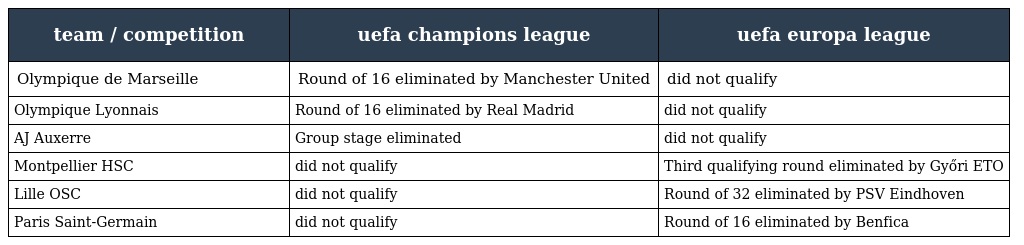
| team / competition | uefa champions league | uefa europa league |
 | --- | --- | --- |
 | Olympique de Marseille | Round of 16 eliminated by Manchester United | did not qualify |
 | Olympique Lyonnais | Round of 16 eliminated by Real Madrid | did not qualify |
 | AJ Auxerre | Group stage eliminated | did not qualify |
 | Montpellier HSC | did not qualify | Third qualifying round eliminated by Győri ETO |
 | Lille OSC | did not qualify | Round of 32 eliminated by PSV Eindhoven |
 | Paris Saint-Germain | did not qualify | Round of 16 eliminated by Benfica |